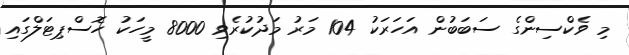
މި ވެކްސިންގެ ސަބަބުން އަހަރަކު 104 މަރު މަދުކުރެވި 8000 މީހަކު ހޮސްޕިޓަލްގައި